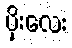
ပိုးလေး